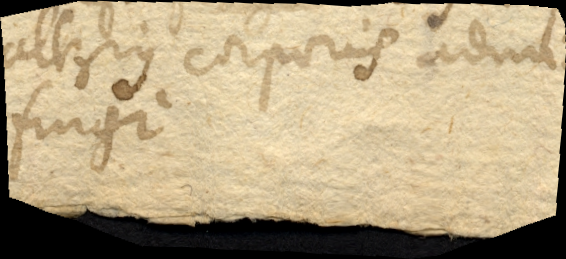
etsi possit mente